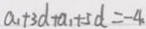
a _ { 1 } + 3 d + a _ { 1 } + 5 d = - 4